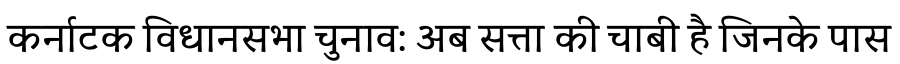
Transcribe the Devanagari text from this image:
कर्नाटक विधानसभा चुनाव: अब सत्ता की चाबी है जिनके पास